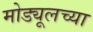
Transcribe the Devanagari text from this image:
मोड्यूलच्या